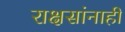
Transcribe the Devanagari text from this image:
राक्षसांनाही